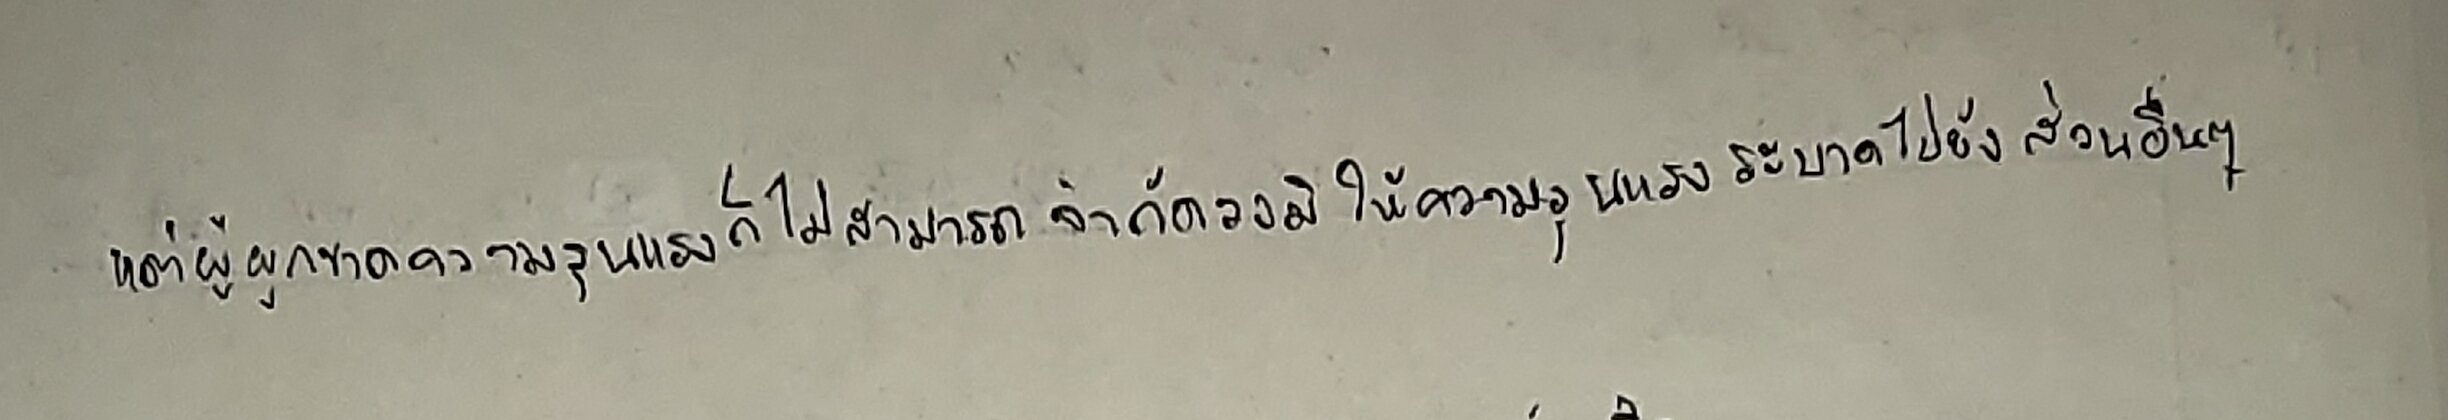
แต่ผู้ผูกขาดความรุนแรงก็ไม่สามารถจำกัดวงมิให้ความรุนแรงระบาดไปยังส่วนอื่นๆ